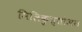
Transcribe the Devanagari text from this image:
मिलिकुश्शोअरा